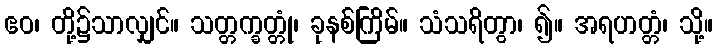
ဧဝ၊ တို့၌သာလျှင်။ သတ္တက္ခတ္တုံ၊ ခုနစ်ကြိမ်။ သံသရိတွာ၊ ၍။ အရဟတ္တံ၊ သို့။